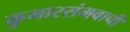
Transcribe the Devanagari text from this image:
कुमारसंभवाची